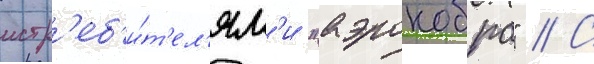
истр'еб'и́т'ел'ям'и "аэрокобра" // С